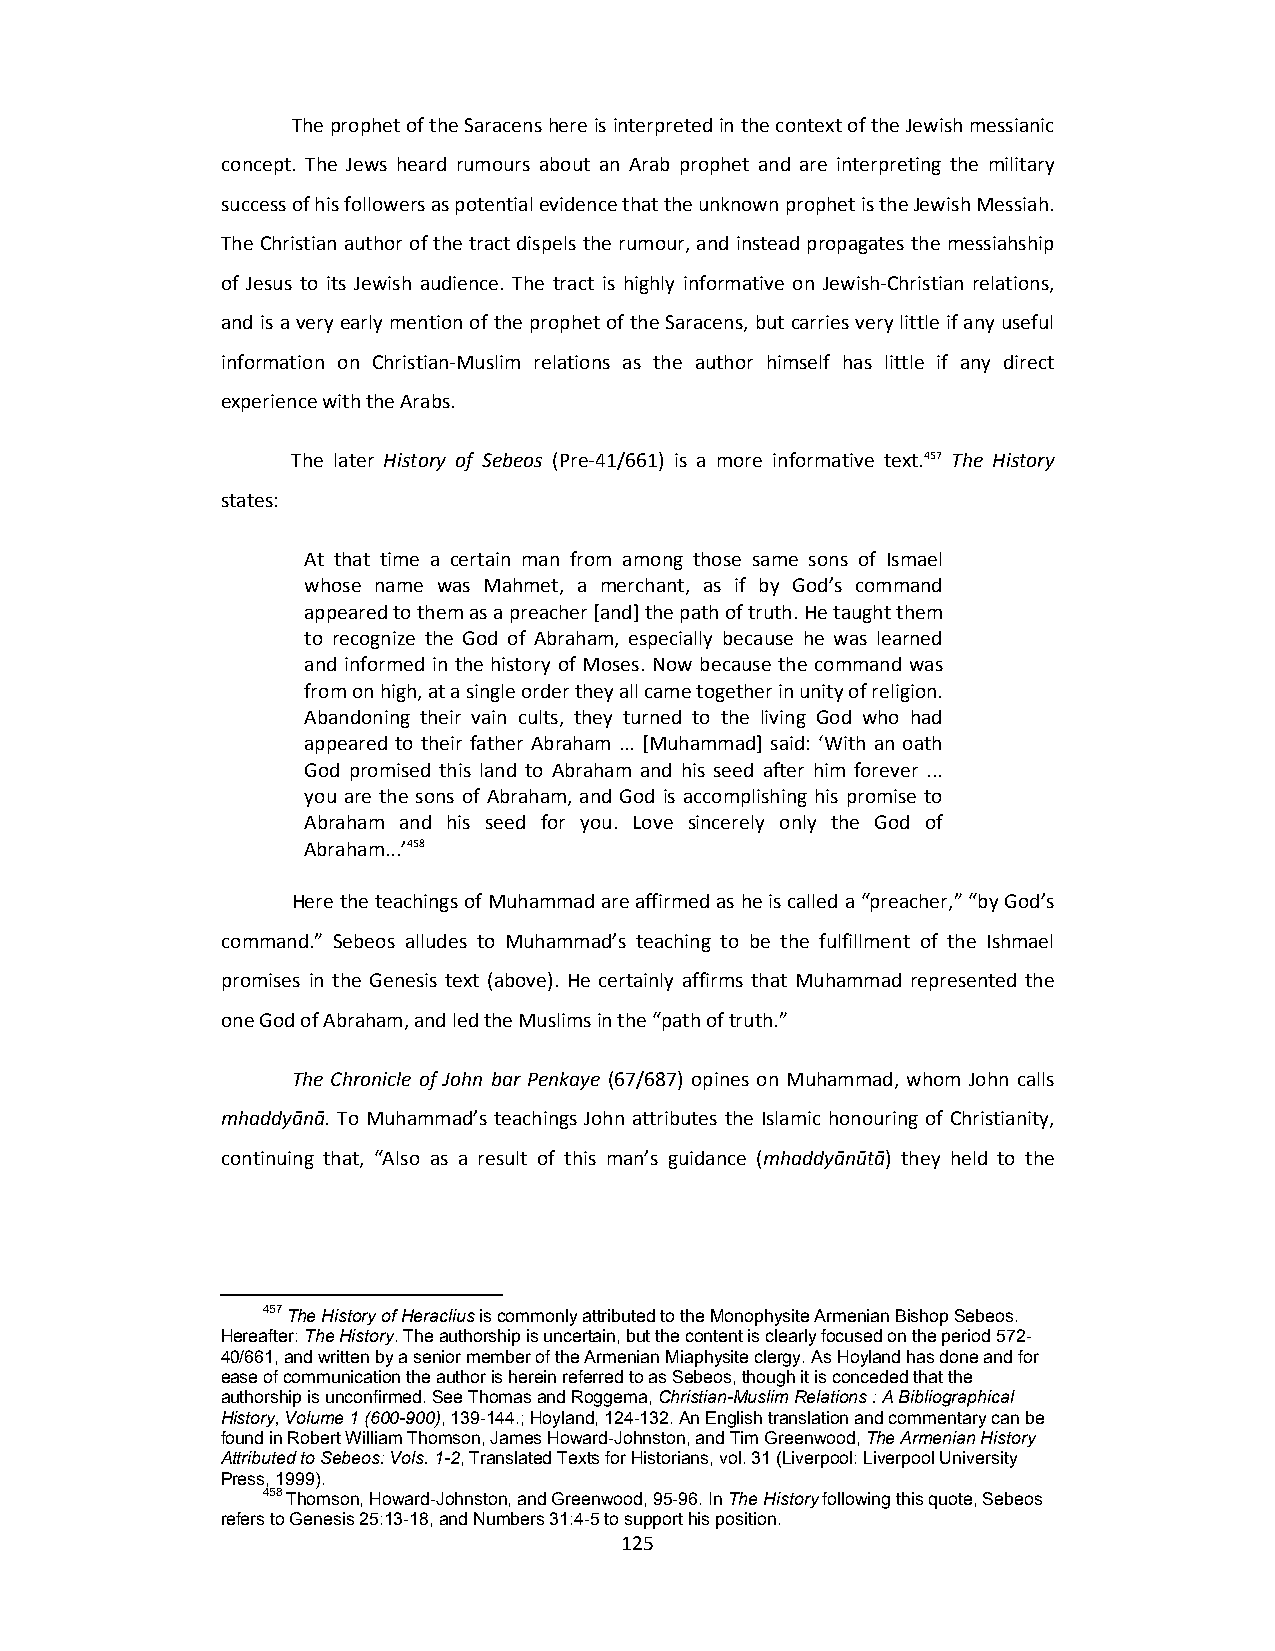
The prophet of the Saracens here is interpreted in the context of the Jewish messianic
 concept. The Jews heard rumours about an Arab prophet and are interpreting the military
 success of his followers as potential evidence that the unknown prophet is the Jewish Messiah.
 The Christian author of the tract dispels the rumour, and instead propagates the messiahship
 of Jesus to its Jewish audience. The tract is highly informative on Jewish‐Christian relations,
 and is a very early mention of the prophet of the Saracens, but carries very little if any useful
 information on Christian‐Muslim relations as the author himself has little if any direct
 experience with the Arabs.
 The later History of Sebeos (Pre‐41/661) is a more informative text.457 The History
 states:
 At that time a certain man from among those same sons of Ismael
 whose name was Mahmet, a merchant, as if by God’s command
 appeared to them as a preacher [and] the path of truth. He taught them
 to recognize the God of Abraham, especially because he was learned
 and informed in the history of Moses. Now because the command was
 from on high, at a single order they all came together in unity of religion.
 Abandoning their vain cults, they turned to the living God who had
 appeared to their father Abraham ... [Muhammad] said: ‘With an oath
 God promised this land to Abraham and his seed after him forever ...
 you are the sons of Abraham, and God is accomplishing his promise to
 Abraham and his seed for you. Love sincerely only the God of
 Abraham...’458
 Here the teachings of Muhammad are affirmed as he is called a “preacher,” “by God’s
 command.” Sebeos alludes to Muhammad’s teaching to be the fulfillment of the Ishmael
 promises in the Genesis text (above). He certainly affirms that Muhammad represented the
 one God of Abraham, and led the Muslims in the “path of truth.”
 The Chronicle of John bar Penkaye (67/687) opines on Muhammad, whom John calls
 mhaddyānā. To Muhammad’s teachings John attributes the Islamic honouring of Christianity,
 continuing that, “Also as a result of this man’s guidance (mhaddyānūtā) they held to the
 457 The History of Heraclius is commonly attributed to the Monophysite Armenian Bishop Sebeos.
 Hereafter: The History. The authorship is uncertain, but the content is clearly focused on the period 572-
 40/661, and written by a senior member of the Armenian Miaphysite clergy. As Hoyland has done and for
 ease of communication the author is herein referred to as Sebeos, though it is conceded that the
 authorship is unconfirmed. See Thomas and Roggema, Christian-Muslim Relations : A Bibliographical
 History, Volume 1 (600-900), 139-144.; Hoyland, 124-132. An English translation and commentary can be
 found in Robert William Thomson, James Howard-Johnston, and Tim Greenwood, The Armenian History
 Attributed to Sebeos: Vols. 1-2, Translated Texts for Historians, vol. 31 (Liverpool: Liverpool University
 Press, 1999).
 458 Thomson, Howard-Johnston, and Greenwood, 95-96. In The History following this quote, Sebeos
 refers to Genesis 25:13-18, and Numbers 31:4-5 to support his position.
 125